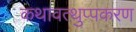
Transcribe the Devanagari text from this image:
कथावत्थुप्पकरण